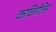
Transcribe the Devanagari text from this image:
कावितोलिना